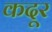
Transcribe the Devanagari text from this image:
कदूर